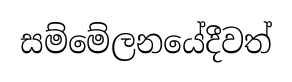
සම්මේලනයේදීවත්